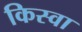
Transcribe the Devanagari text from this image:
किस्वा